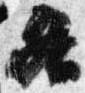
各